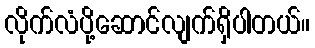
လိုက်လံပို့ဆောင်လျက်ရှိပါတယ်။